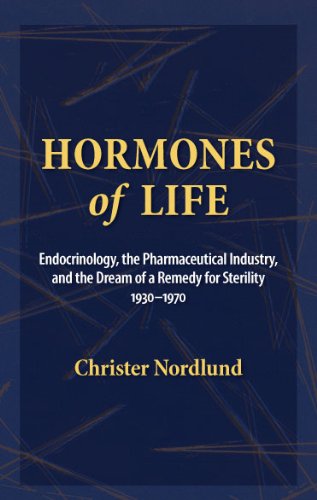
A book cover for Hormones of Life: Endocrinology, the Pharmaceutical Inductry, and the Dream of a Remedy for Sterility, 1930 to 1970; Christer Nordlund; Business & Money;